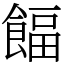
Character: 𩜰